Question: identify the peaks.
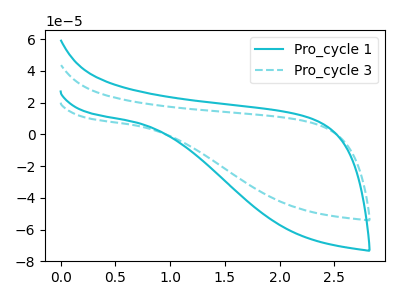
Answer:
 <answer>The cyan curve "Pro_cycle 1" has no peaks. The cyan dashed curve "Pro_cycle 3" has no peaks.</answer>
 <eval></eval>